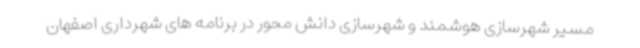
مسیر شهرسازی هوشمند و شهرسازی دانش محور در برنامه های شهرداری اصفهان